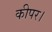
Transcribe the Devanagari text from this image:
कीपर।